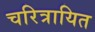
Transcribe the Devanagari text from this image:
चरित्रायित